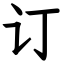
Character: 订